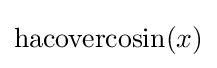
\operatorname {hacovercosin} (x)